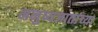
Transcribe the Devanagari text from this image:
मनुष्यजातांच्या